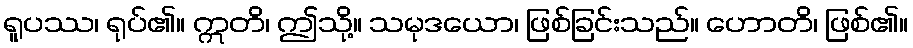
ရူပဿ၊ ရုပ်၏။ ဣတိ၊ ဤသို့။ သမုဒယော၊ ဖြစ်ခြင်းသည်။ ဟောတိ၊ ဖြစ်၏။